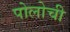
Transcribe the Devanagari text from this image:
पोलोची